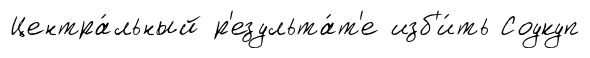
Центра́льный р'езульта́т'е изб'и́ть Соукуп